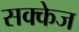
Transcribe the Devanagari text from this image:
सक्केज